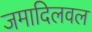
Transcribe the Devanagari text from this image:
जमादिलवल